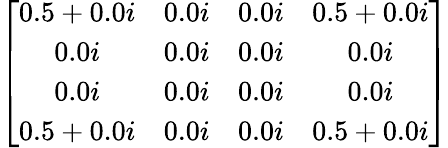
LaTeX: \left[\begin{array}{cccc}{0.5+0.0i}&{0.0i}&{0.0i}&{0.5+0.0i}\\ {0.0i}&{0.0i}&{0.0i}&{0.0i}\\ {0.0i}&{0.0i}&{0.0i}&{0.0i}\\ {0.5+0.0i}&{0.0i}&{0.0i}&{0.5+0.0i}\end{array}\right]